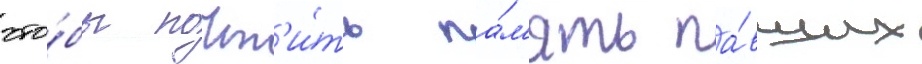
что́бы почт'и́ть па́м'ять па́вших